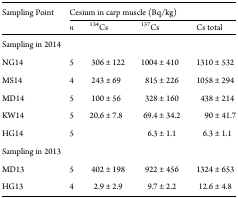
<table><thead><tr><td rowspan="2"><b>Sampling Point</b></td><td colspan="4"><b>Cesium in carp muscle (Bq/kg)</b></td></tr><tr><td><b><i>n</i></b></td><td><b><sup>134</sup>Cs</b></td><td><b><sup>137</sup>Cs</b></td><td><b>Cs total</b></td></tr></thead><tbody><tr><td colspan="5">Sampling in 2014</td></tr><tr><td>NG14</td><td>5</td><td>306 ± 122</td><td>1004 ± 410</td><td>1310 ± 532</td></tr><tr><td>MS14</td><td>4</td><td>243 ± 69</td><td>815 ± 226</td><td>1058 ± 294</td></tr><tr><td>MD14</td><td>5</td><td>100 ± 56</td><td>328 ± 160</td><td>438 ± 214</td></tr><tr><td>KW14</td><td>5</td><td>20.6 ± 7.8</td><td>69.4 ± 34.2</td><td>90 ± 41.7</td></tr><tr><td>HG14</td><td>5</td><td></td><td>6.3 ± 1.1</td><td>6.3 ± 1.1</td></tr><tr><td colspan="5">Sampling in 2013</td></tr><tr><td>MD13</td><td>5</td><td>402 ± 198</td><td>922 ± 456</td><td>1324 ± 653</td></tr><tr><td>HG13</td><td>4</td><td>2.9 ± 2.9</td><td>9.7 ± 2.2</td><td>12.6 ± 4.8</td></tr></tbody></table>